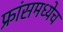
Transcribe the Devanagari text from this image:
फ्रांसमध्येच